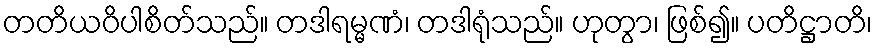
တတိယဝိပါစိတ်သည်။ တဒါရမ္မဏံ၊ တဒါရုံသည်။ ဟုတွာ၊ ဖြစ်၍။ ပတိဋ္ဌာတိ၊